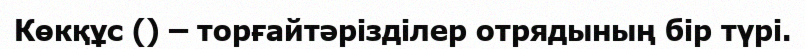
Көкқұс () – торғайтәрізділер отрядының бір түрі.